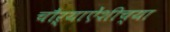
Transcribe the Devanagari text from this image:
चौऱ्याऐंशीच्या